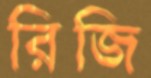
রিজি